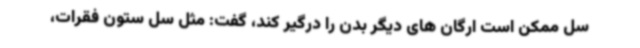
سل ممکن است ارگان های دیگر بدن را درگیر کند، گفت: مثل سل ستون فقرات،